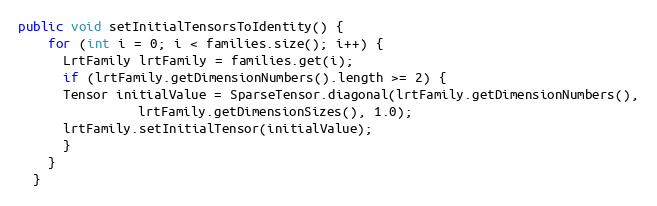
Language: Java
public void setInitialTensorsToIdentity() {
    for (int i = 0; i < families.size(); i++) {
      LrtFamily lrtFamily = families.get(i);
      if (lrtFamily.getDimensionNumbers().length >= 2) {
	  Tensor initialValue = SparseTensor.diagonal(lrtFamily.getDimensionNumbers(),
				lrtFamily.getDimensionSizes(), 1.0);
	  lrtFamily.setInitialTensor(initialValue);
      }
    }
  }